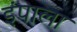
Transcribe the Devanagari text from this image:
इंपाला